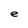
Character: e